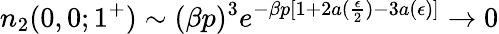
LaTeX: n_{2}(0,0;1^{+})\sim(\beta p)^{3}e^{-\beta p[1+2a(\frac{\epsilon}{2})-3a(\epsilon)]}\to 0